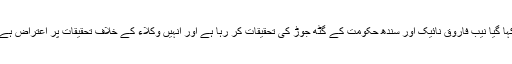
کہا گیا نیب فاروق نائیک اور سندھ حکومت کے گٹھ جوڑ کی تحقیقات کر رہا ہے اور انہیں وکلاء کے خلاف تحقیقات پر اعتراض ہے۔